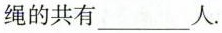
绳的共有___人.